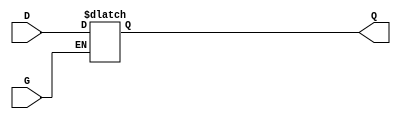
module gated_transparent_latch (
    input wire D,     // Data input
    input wire G,     // Enable signal
    output reg Q      // Output
);

// Always block to describe the behavior of the latch
always @(*) begin
    if (G) begin
        // When G is high, Q follows D
        Q = D;
    end
    // When G is low, Q retains its previous value
end

endmodule